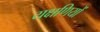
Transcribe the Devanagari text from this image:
यक्षणियों